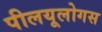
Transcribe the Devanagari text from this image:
पीलयूलोगस